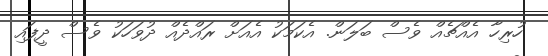
ހުރިހާ އެއްޗެއް ވެސް ބަލަން. އެކަމަކު އެއަށް ރައްދެއް ދުވަހަކު ވެސް ދީފައި